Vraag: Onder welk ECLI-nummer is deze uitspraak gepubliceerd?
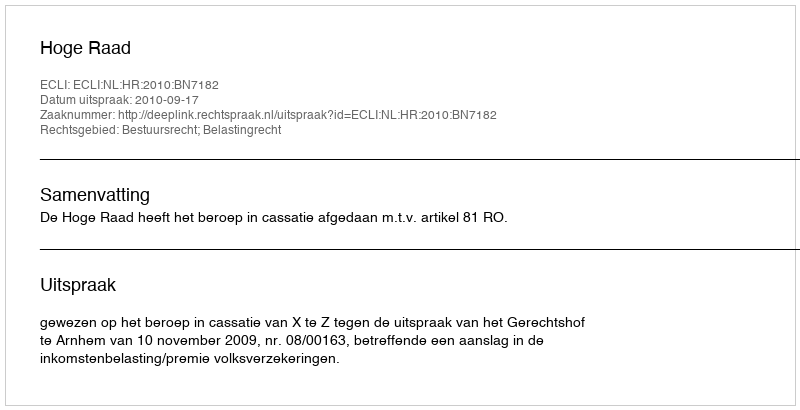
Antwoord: ECLI:NL:HR:2010:BN7182